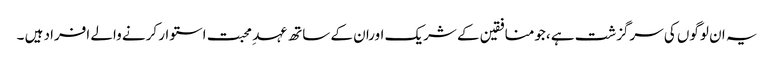
یہ ان لوگوں کی سرگزشت ہے ،جومنافقین کے شریک اوران کے ساتھ عہد ِ محبت استوار کرنے والے افراد ہیں ۔